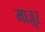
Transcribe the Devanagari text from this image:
माज़ूर